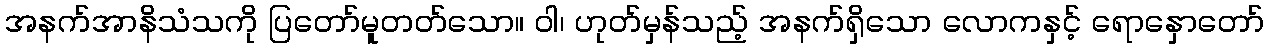
အနက်အာနိသံသကို ပြတော်မူတတ်သော။ ဝါ၊ ဟုတ်မှန်သည့် အနက်ရှိသော လောကနှင့် ရောနှောတော်